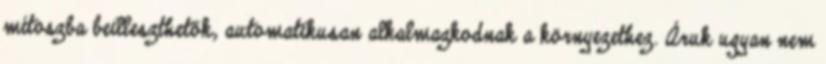
mítoszba beilleszthetők, automatikusan alkalmazkodnak a környezethez. Áruk ugyan nem